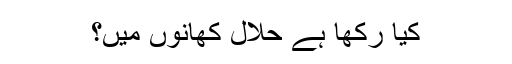
کیا رکھا ہے حلال کھانوں میں؟